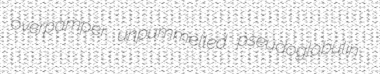
overpamper unpummelled pseudoglobulin